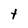
Character: t